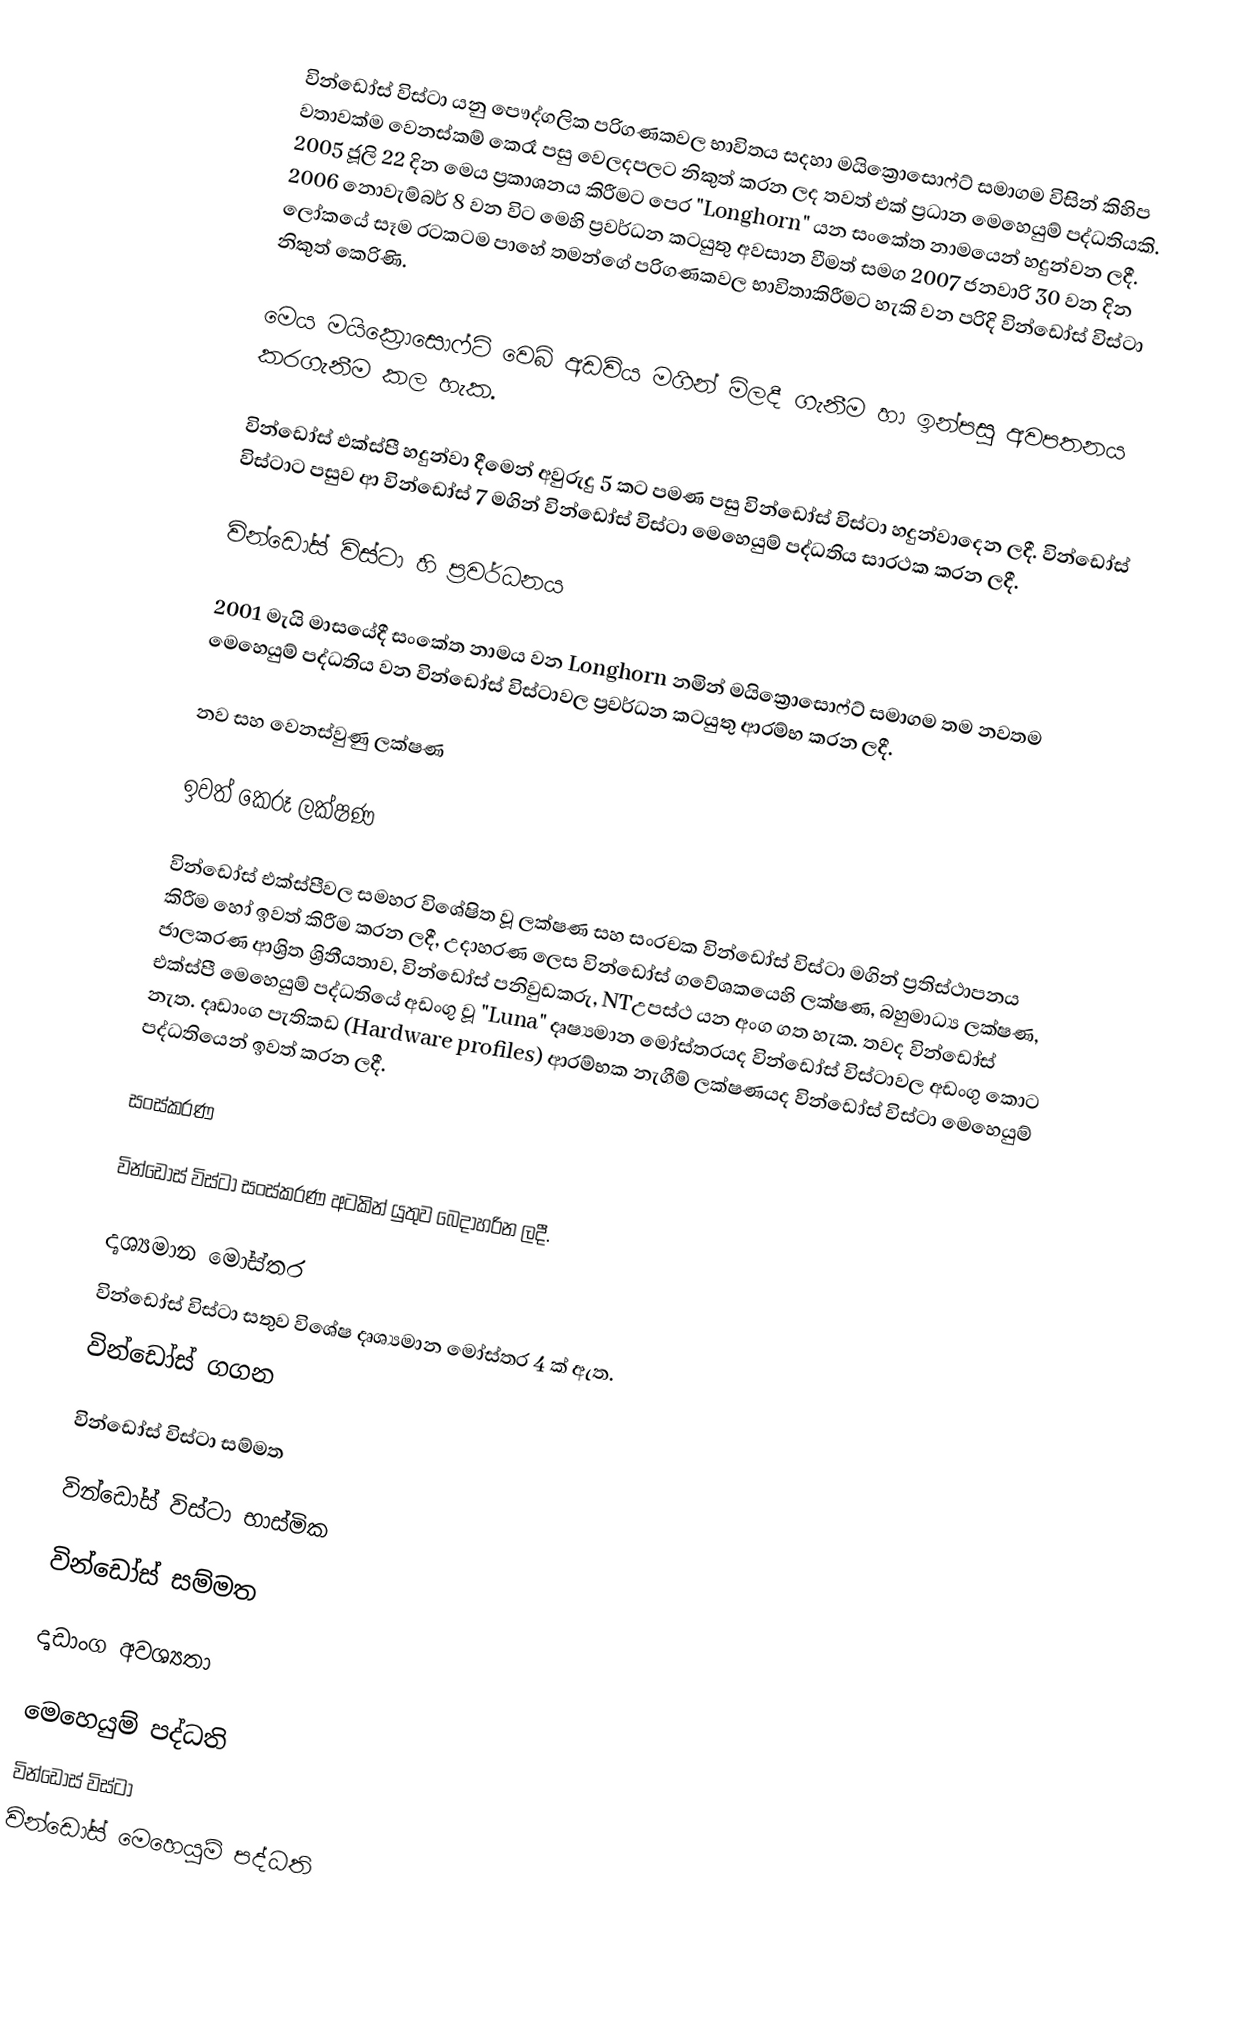
වින්ඩෝස් විස්ටා යනු පෞද්ගලික පරිගණකවල භාවිතය සදහා මයික්‍රොසොෆ්ට් සමාගම විසින් කිහිප වතාවක්ම වෙනස්කම් කෙරෑ පසු වෙලදපලට නිකුත් කරන   ලද තවත් එක් ප්‍රධාන මෙහෙයුම් පද්ධතියකි. 2005 ජූලි 22 දින මෙය ප්‍රකාශනය  කිරීමට පෙර "Longhorn" යන සංකේත නාමයෙන් හදුන්වන ලදී. 2006 නොවැම්බර්   8 වන විට මෙහි ප්‍රවර්ධන කටයුතු අවසාන  වීමත් සමග 2007 ජනවාරි 30 වන දින ලෝකයේ සෑම රටකටම පාහේ තමන්ගේ පරිගණකවල භාවිතාකිරීමට හැකි වන පරිදි වින්ඩෝස් විස්ටා නිකුත් කෙරිණි.

මෙය මයික්‍රොසොෆ්ට් වෙබ් අඩවිය මගින් මිලදී ගැනීම හා ඉන්පසු   අවපතනය කරගැනීම කල හැක.

වින්ඩෝස් එක්ස්පී හදුන්වා දීමෙන් අවුරුදු 5 කට පමණ පසු වින්ඩෝස්   විස්ටා හදුන්වාදෙන ලදී. වින්ඩෝස් විස්ටාට පසුව ආ වින්ඩෝස් 7 මගින් වින්ඩෝස් විස්ටා මෙහෙයුම් පද්ධතිය සාරථක කරන ලදී.

වින්ඩෝස් විස්ටා හි ප්‍රවර්ධනය

2001 මැයි මාසයේදී සංකේත නාමය වන Longhorn නමින් මයික්‍රොසොෆ්ට් සමාගම තම නවතම මෙහෙයුම් පද්ධතිය වන වින්ඩෝස් විස්ටාවල ප්‍රවර්ධන  කටයුතු ආරම්භ කරන ලදී.

නව සහ වෙනස්වුණු ලක්ෂණ

ඉවත් කෙරූ  ලක්ෂණ

වින්ඩෝස් එක්ස්පීවල සමහර විශේෂිත වූ ලක්ෂණ සහ සංරචක වින්ඩෝස් විස්ටා මගින් ප්‍රතිස්ථාපනය කිරීම හෝ ඉවත් කිරීම කරන ලදී, උදාහරණ ලෙස වින්ඩෝස් ගවේශකයෙහි ලක්ෂණ, බහුමාධ්‍ය ලක්ෂණ, ජාලකරණ ආශ්‍රිත ශ්‍රිතීයතාව, වින්ඩෝස් පනිවුඩකරු, NTඋපස්ථ  යන අංග ගත හැක. තවද වින්ඩෝස් එක්ස්පී මෙහෙයුම් පද්ධතියේ අඩංගු වූ "Luna" දෘෂ්‍යමාන මෝස්තරයද වින්ඩෝස් විස්ටාවල අඩංගු කොට නැත. දෘඩාංග පැතිකඩ (Hardware profiles) ආරම්භක නැගීම් ලක්ෂණයද වින්ඩෝස් විස්ටා මෙහෙයුම් පද්ධතියෙන් ඉවත් කරන ලදී.

සංස්කරණ

වින්ඩෝස් විස්ටා සංස්කරණ අටකින් යුතුව බෙදාහරින ලදී.

දෘශ්‍යමාන මෝස්තර
වින්ඩෝස් විස්ටා සතුව විශේෂ දෘශ්‍යමාන මෝස්තර 4 ක් ඇත.
 වින්ඩෝස් ගගන

 වින්ඩෝස් විස්ටා සම්මත

 වින්ඩෝස් විස්ටා භාස්මික

 වින්ඩෝස් සම්මත

දෘඩාංග අවශ්‍යතා

මෙහෙයුම් පද්ධති
වින්ඩෝස් විස්ටා
වින්ඩෝස් මෙහෙයුම් පද්ධති